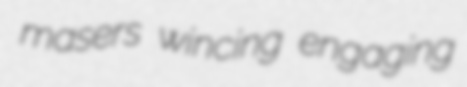
masers wincing engaging